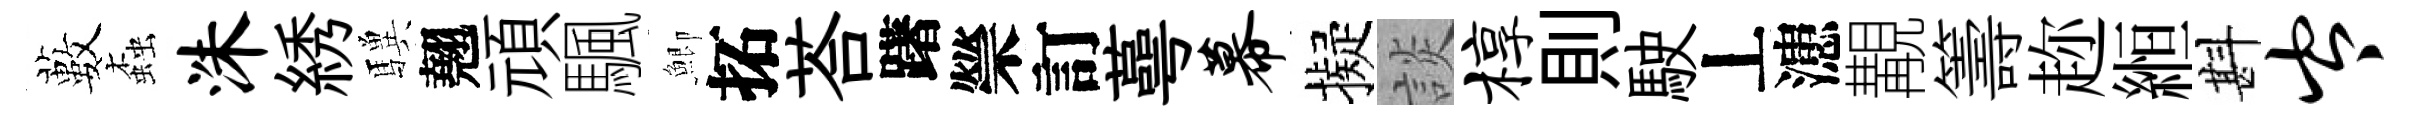
藪螙洙綉驥翹頑颿鯽拓荅躇禜訂蕚幕擬談椁則駛丄漶覯籌趂縆斟岑